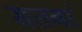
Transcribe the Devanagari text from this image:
सतवां